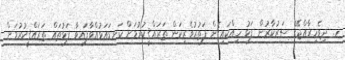
ހ. ދިވެހިރާއްޖޭގެ ސަރުކާރުން ފަޅު ހިއްކައިގެން ފަތުރުވެރިކަން ތަރައްޤީކުރުމަށް ކަނޑައަޅުއްވާފައިވާ ފަޅުތައް ތަރައްޤީކުރުމަށް